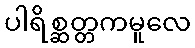
ပါရိစ္ဆတ္တကမူလေ